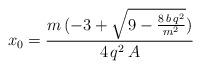
LaTeX: \begin{align*}x_0 = \frac {m\,( - 3 + \sqrt{9-\frac {8\,b\,q^{2}}{m^{2}}})}{4\,q^{2}\,A}\end{align*}